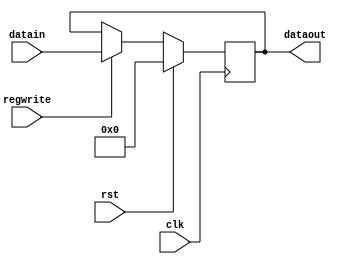
`timescale 1ns / 1ps
//////////////////////////////////////////////////////////////////////////////////
// Company: 
// Engineer: 
// 
// Design Name: 
// Module Name:    register 
// Project Name: 
// Target Devices: 
// Tool versions: 
// Description: 
//
// Dependencies: 
//
// Revision: 
// Revision 0.01 - File Created
// Additional Comments: 
//
//////////////////////////////////////////////////////////////////////////////////
module register(
   input wire clk, 
	input wire rst, 
	input wire regwrite,
	input wire [31:0] datain,
	output reg [31:0] dataout
	);
	always @(posedge clk) begin
		if(rst)dataout<=0;
		else if(regwrite)dataout<=datain;
	end
endmodule